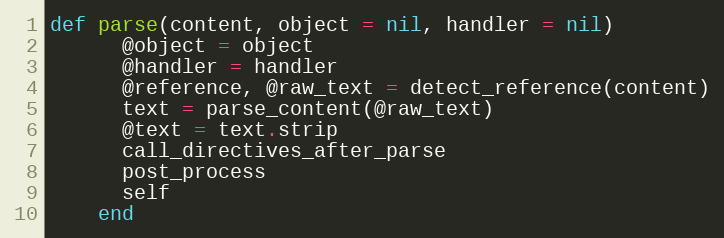
Language: Ruby
def parse(content, object = nil, handler = nil)
      @object = object
      @handler = handler
      @reference, @raw_text = detect_reference(content)
      text = parse_content(@raw_text)
      @text = text.strip
      call_directives_after_parse
      post_process
      self
    end